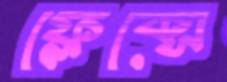
ফ্লেক্সে